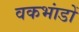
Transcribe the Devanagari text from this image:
वकभांडों